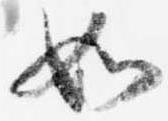
如